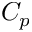
C _ { p }